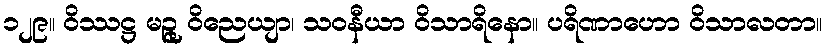
၁၂၉။ ဝိဿဋ္ဌ မဉ္ဇု ဝိညေယျာ၊ သဝနီယာ ဝိသာရိနော။ ပရိဏာဟော ဝိသာလတာ။